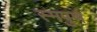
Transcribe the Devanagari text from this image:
स्मपुर्ण